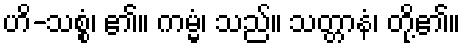
ဟိ-သစ္စံ၊ ၏။ ကမ္မံ၊ သည်။ သတ္တာနံ၊ တို့၏။